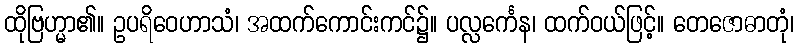
ထိုဗြဟ္မာ၏။ ဥပရိဝေဟာသံ၊ အထက်ကောင်းကင်၌။ ပလ္လင်္ကေန၊ ထက်ဝယ်ဖြင့်။ တေဇောဓာတုံ၊